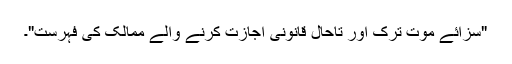
"سزائے موت ترک اور تاحال قانونی اجازت کرنے والے ممالک کی فہرست"۔